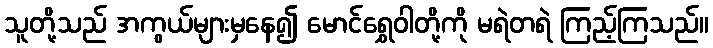
သူတို့သည် အကွယ်များမှနေ၍ မောင်ရွှေဝါတို့ကို မရဲတရဲ ကြည့်ကြသည်။